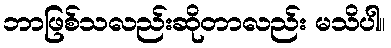
ဘာဖြစ်သလည်းဆိုတာလည်း မသိပါ။